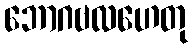
ဘောဂဗလဟေတု